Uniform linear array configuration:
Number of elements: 12
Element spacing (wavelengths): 0.5
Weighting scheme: cosine
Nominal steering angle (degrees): -30
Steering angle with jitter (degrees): -28.7
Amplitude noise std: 0.05
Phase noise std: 0.05

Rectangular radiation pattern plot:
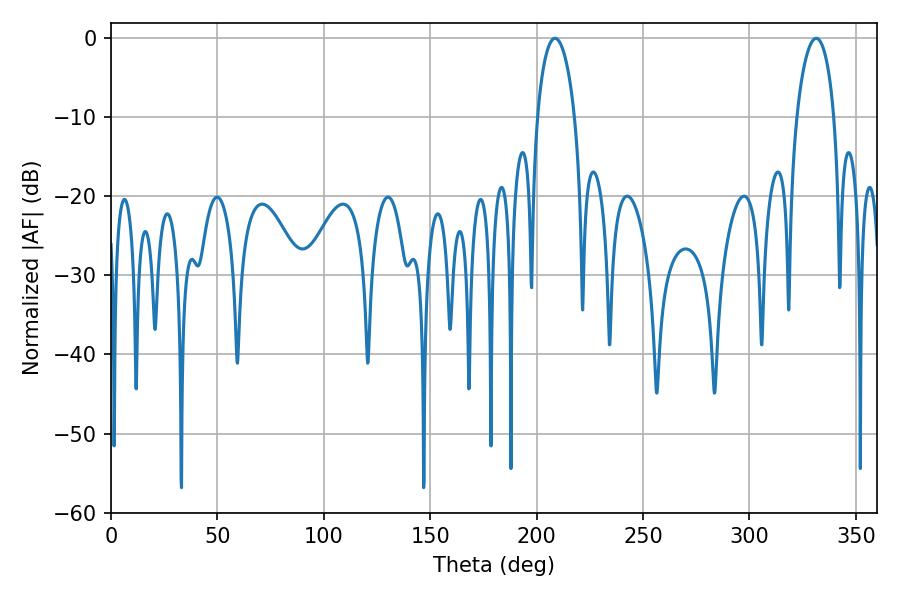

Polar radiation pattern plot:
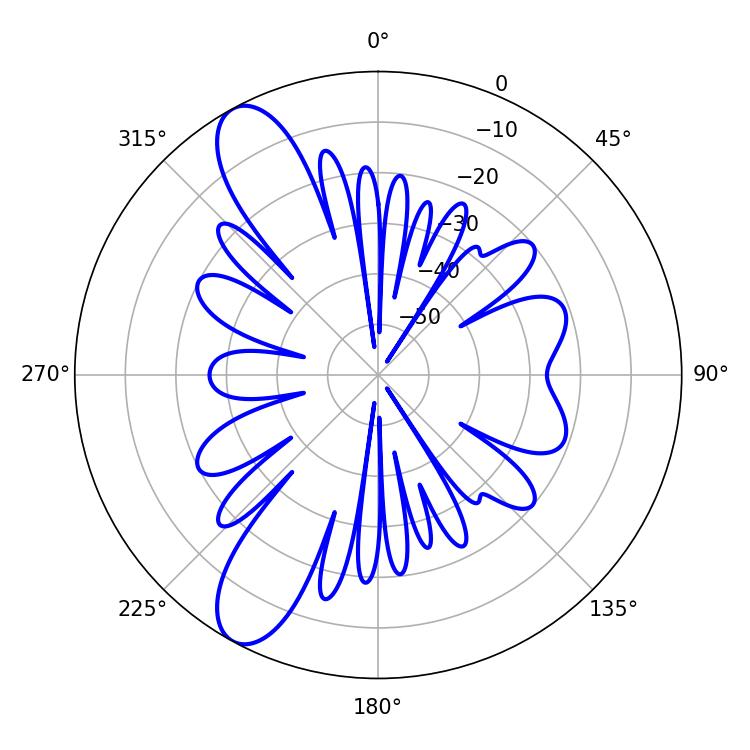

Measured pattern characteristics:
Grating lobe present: FALSE
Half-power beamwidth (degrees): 10.08
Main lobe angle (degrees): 331.38